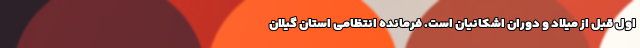
اول قبل از میلاد و دوران اشکانیان است. فرمانده انتظامی استان گیلان